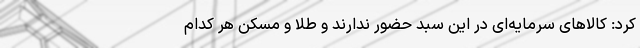
کرد: کالاهای سرمایه‌ای در این سبد حضور ندارند و طلا و مسکن هر کدام